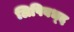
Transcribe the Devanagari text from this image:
लिपिबध्द